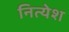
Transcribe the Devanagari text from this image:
नित्येश